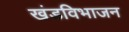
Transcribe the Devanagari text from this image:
खंडविभाजन